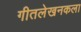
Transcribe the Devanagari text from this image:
गीतलेखनकला